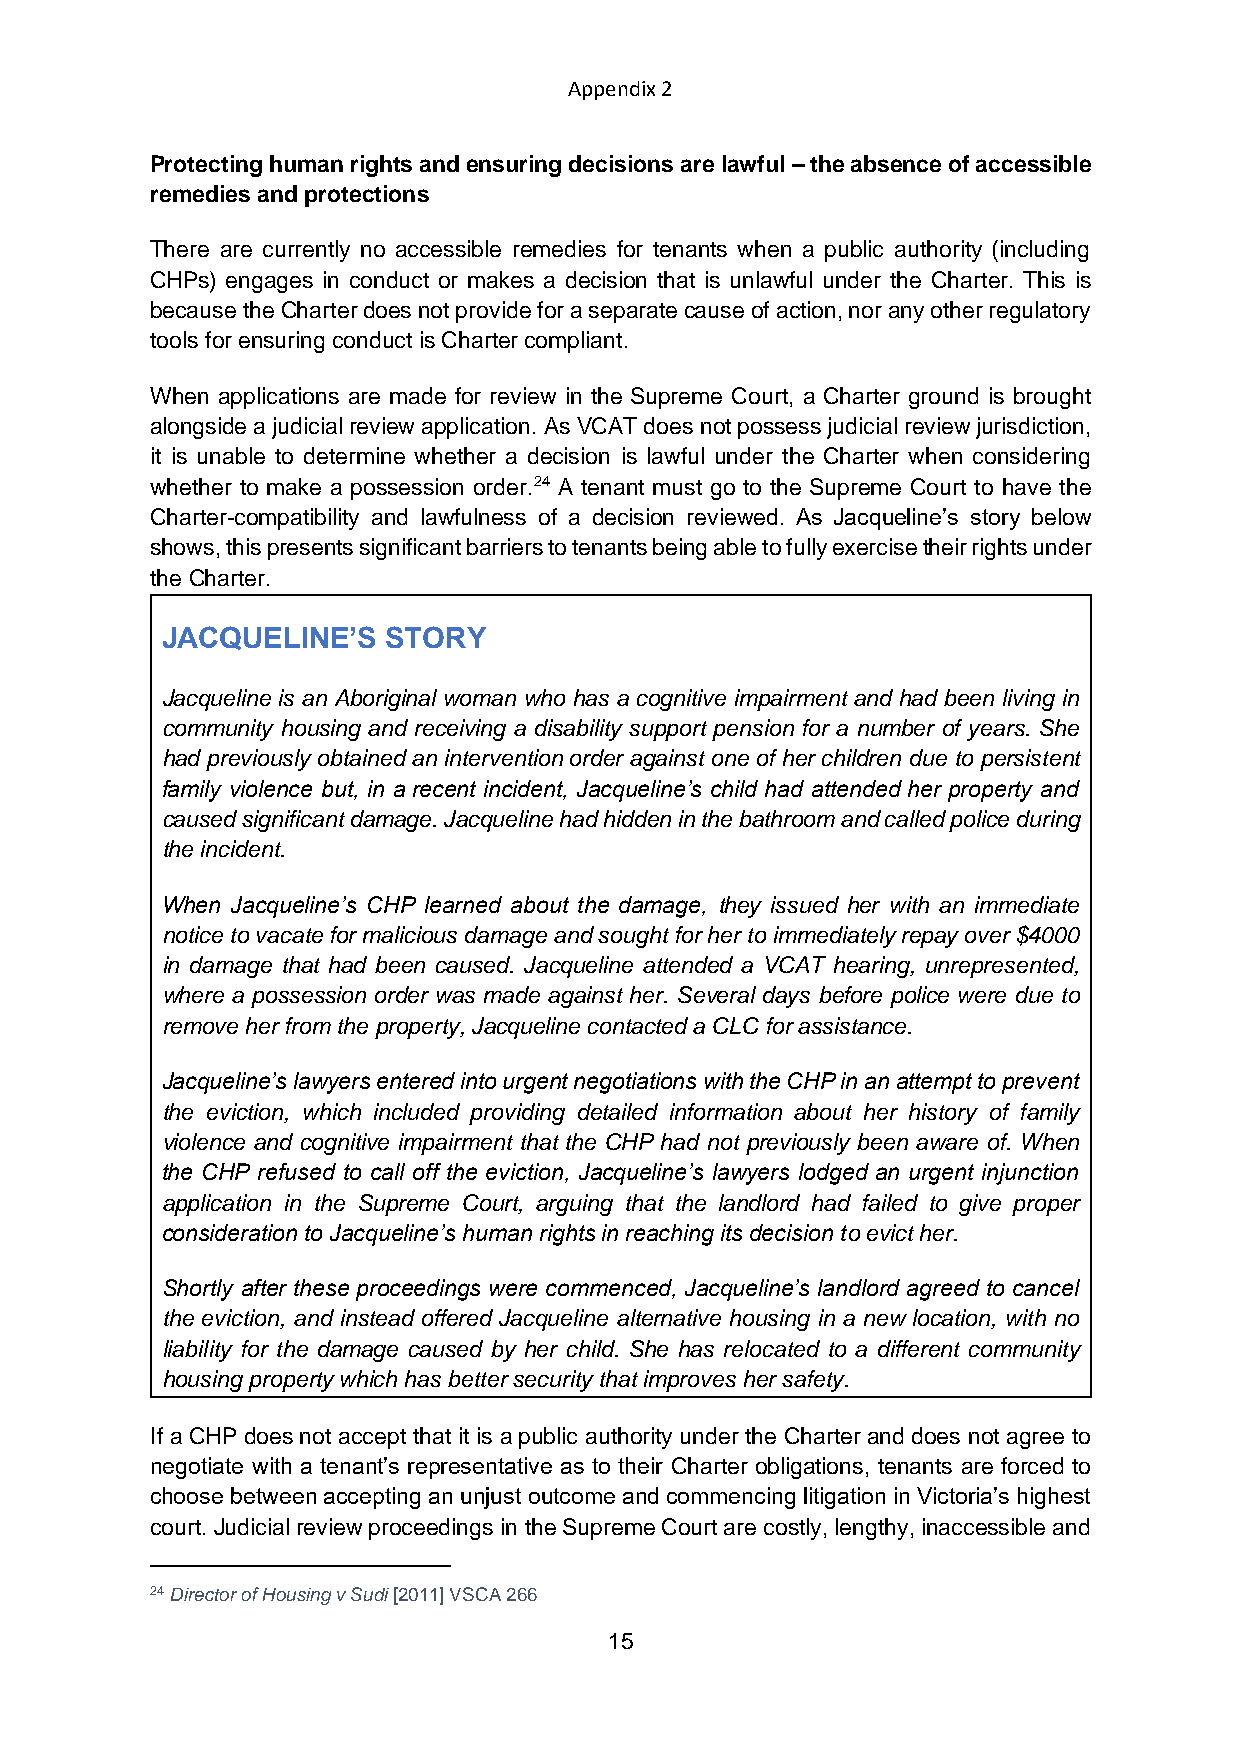
Appendix 2
 Protecting human rights and ensuring decisions are lawful – the absence of accessible
 remedies and protections
 There are currently no accessible remedies for tenants when a public authority (including
 CHPs) engages in conduct or makes a decision that is unlawful under the Charter. This is
 because the Charter does not provide for a separate cause of action, nor any other regulatory
 tools for ensuring conduct is Charter compliant.
 When applications are made for review in the Supreme Court, a Charter ground is brought
 alongside a judicial review application. As VCAT does not possess judicial review jurisdiction,
 it is unable to determine whether a decision is lawful under the Charter when considering
 whether to make a possession order.24 A tenant must go to the Supreme Court to have the
 Charter-compatibility and lawfulness of a decision reviewed. As Jacqueline’s story below
 shows, this presents significant barriers to tenants being able to fully exercise their rights under
 the Charter.
 JACQUELINE’S   STORY
 Jacqueline is an Aboriginal woman who has a cognitive impairment and had been living in
 community housing and receiving a disability support pension for a number of years. She
 had previously obtained an intervention order against one of her children due to persistent
 family violence but, in a recent incident, Jacqueline’s child had attended her property and
 caused significant damage. Jacqueline had hidden in the bathroom and called police during
 the incident.
 When Jacqueline’s CHP learned about the damage, they issued her with an immediate
 notice to vacate for malicious damage and sought for her to immediately repay over $4000
 in damage that had been caused. Jacqueline attended a VCAT hearing, unrepresented,
 where a possession order was made against her. Several days before police were due to
 remove her from the property, Jacqueline contacted a CLC for assistance.
 Jacqueline’s lawyers entered into urgent negotiations with the CHP in an attempt to prevent
 the eviction, which included providing detailed information about her history of family
 violence and cognitive impairment that the CHP had not previously been aware of. When
 the CHP refused to call off the eviction, Jacqueline’s lawyers lodged an urgent injunction
 application in the Supreme Court, arguing that the landlord had failed to give proper
 consideration to Jacqueline’s human rights in reaching its decision to evict her.
 Shortly after these proceedings were commenced, Jacqueline’s landlord agreed to cancel
 the eviction, and instead offered Jacqueline alternative housing in a new location, with no
 liability for the damage caused by her child. She has relocated to a different community
 housing property which has better security that improves her safety.
 If a CHP does not accept that it is a public authority under the Charter and does not agree to
 negotiate with a tenant’s representative as to their Charter obligations, tenants are forced to
 choose between accepting an unjust outcome and commencing litigation in Victoria’s highest
 court. Judicial review proceedings in the Supreme Court are costly, lengthy, inaccessible and
 24 Director of Housing v Sudi [2011] VSCA 266
 15